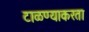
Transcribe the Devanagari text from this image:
टाळण्याकरता